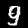
Label: 9